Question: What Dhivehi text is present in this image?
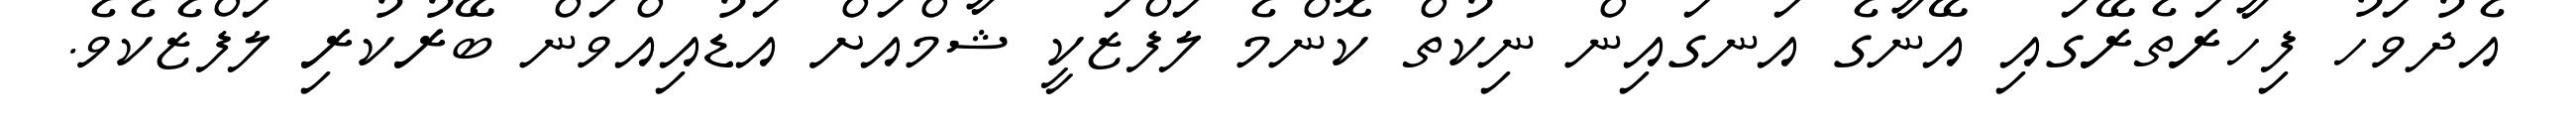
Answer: އެދުވަހު ފިހާރަތެރޭގައި އޭނާގެ އަނގައިން ނިކުތް ކޮންމެ ލަފްޒަކީ ޝާމްއަށް އަޑުއިއްވަން ބޭރުކުރި ލަފްޒެކެވެ.